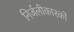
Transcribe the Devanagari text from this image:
निर्जलीकारकों